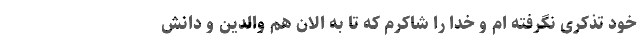
خود تذکری نگرفته ام و خدا را شاکرم که تا به الان هم والدین و دانش